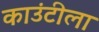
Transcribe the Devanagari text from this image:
काउंटीला